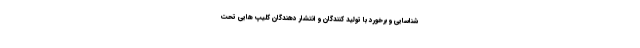
شناسایی و برخورد با تولید کنندگان و انتشار دهندگان کلیپ هایی تحت